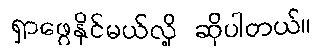
ရှာဖွေနိုင်မယ်လို့ ဆိုပါတယ်။